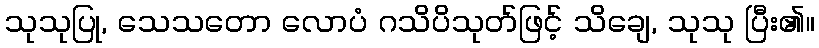
သုသုပြု, သေသတော လောပံ ဂသိပိသုတ်ဖြင့် သိချေ, သုသု ပြီး၏။